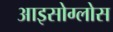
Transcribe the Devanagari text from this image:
आइसोग्लोस